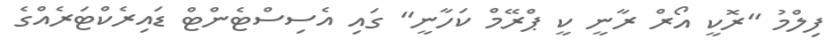
ފިލްމު "ރޮކީ އޯރް ރާނީ ކީ ޕްރޭމް ކަހާނީ" ގައި އެސިސްޓެންޓް ޑައިރެކްޓަރެއްގެ